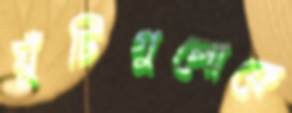
ঘুঁটিগুলোকে